Plague in India, 1896, 1897 - Volume 2
Year: 1896
Disease focus: Plague
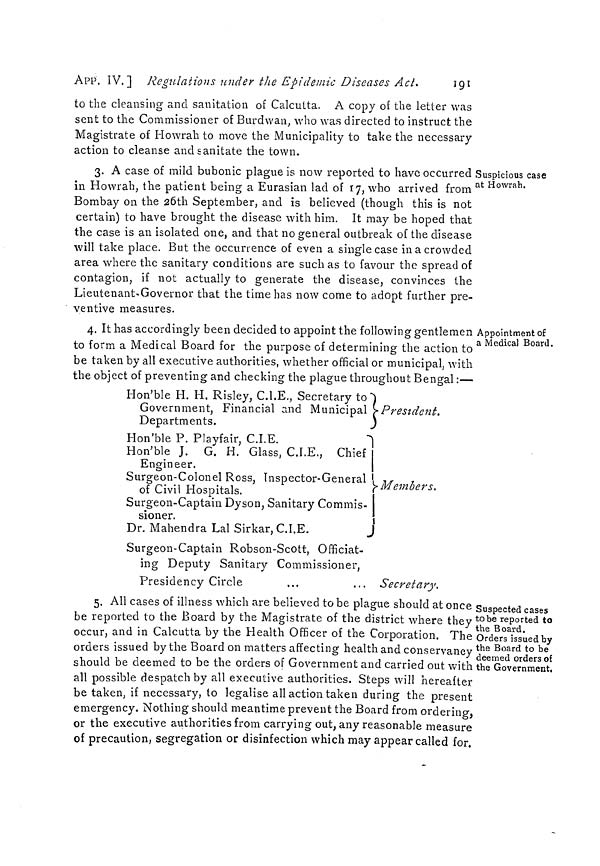
APP. IV.] Regulations under the Epidemie Diseases Act.
191
to the cleansing and sanitation of Calcutta. A copy of the letter was
sent to the Commissioner of Burdwan, who was directed to instruct the
Magistrate of Howrah to move the Municipality to take the necessary
action to cleanse and sanitate the town.
Suspicious case
at Howrah.
3. A case of mild bubonic plague is now reported to have occurred
in Howrah, the patient being a Eurasian lad of 17, who arrived from
Bombay on the 26th September, and is believed (though this is not
certain) to have brought the disease with him. It may be hoped that
the case is an isolated one, and that no general outbreak of the disease
will take place. But the occurrence of even a single case in a crowded
area where the sanitary conditions are suchas to favour the spread of
contagion, if not actually to generate the disease, convinces the
Lieutenant-Governor that the time has now come to adopt further pre-
ventive measures.
Appointment of
a Medical Board.
4. It has accordingly been decided to appoint the following gentlemen
to form a Medical Board for the purpose of determining the action to
be taken by all executive authorities, whether official or municipal, with
the object of preventing and checking the plague throughout Bengal :—
Hon'ble H. H. Risley, C.I.E., Secretary to
Government, Financial and Municipal
Departments.
Hon'ble P. P.layfair, C.I.E.
Hon'ble J. G. H. Glass, C.I.E., Chief
Engineer.
Surgeon-Colonel Ross, Inspector-General
of Civil Hospitals.
Surgeon-Captain Dyson, Sanitary Commis-
sioner.
Dr. Mahendra Lal Sirkar, C.I.E.
Surgeon-Captain Robson-Scott, Officiat-
ing Deputy Sanitary Commissioner,
Presidency Circle
President.
Members
I
Secretary.
Suspected cases
tobe reported to
the Board.
Orders issued by
the Board to be
deemed orders of
the Government,
5. All cases of illness which are believed to be plague should at once
be reported to the Board by the Magistrate of the district where they
occur, and in Calcutta by the Health Officer of the Corporation. The
orders issued by the Board on matters affecting health and conservancy
should be deemed to be the orders of Government and carried out with
all possible despatch by all executive authorities. Steps will hereafter
be taken, if necessary, to legalise all action taken during the present
emergency. Nothing should meantime prevent the Board from ordering,
or the executive authorities from carrying out, any reasonable measure
of precaution, segregation or disinfection which may appear called for.